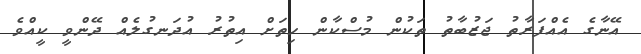
އޭނާގެ އެއްފަރާތު ޖަޒުބާތު ތަކުން މުސްކާން ހިތަށް އިތުރު އުދަނގުލެއް ދޭންވީ ކީއްވެ